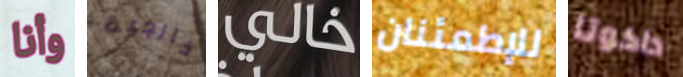
وأنا خارجية خالي للإطمئنان داكوتا